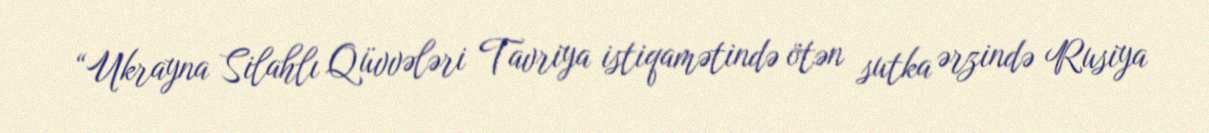
“Ukrayna Silahlı Qüvvələri Tavriya istiqamətində ötən sutka ərzində Rusiya